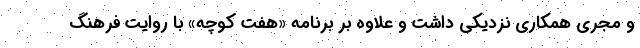
و مجری همکاری نزدیکی داشت و علاوه بر برنامه «هفت کوچه» با روایت فرهنگ